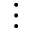
\vdots